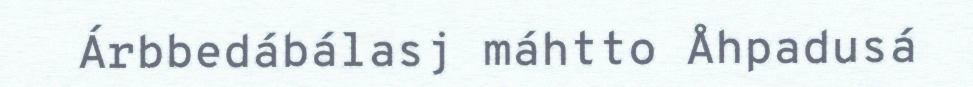
Árbbedábálasj máhtto Åhpadusá